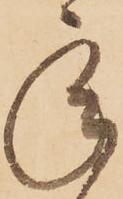
承